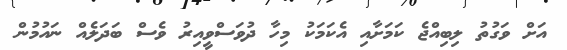
އަށް ވަގުތު ލިބިއްޖެ ކަމަށާއި އެކަމަކު މިހާ ދުވަސްވީއިރު ވެސް ބަދަލެއް ނައުމުން